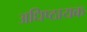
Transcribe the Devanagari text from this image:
अधिष्ठायक